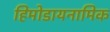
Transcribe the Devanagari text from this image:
हिमोडायनामिक